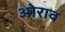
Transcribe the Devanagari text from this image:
ओराव